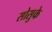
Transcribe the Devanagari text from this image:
सोसुके